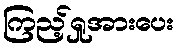
ကြည့်ရှုအားပေး